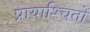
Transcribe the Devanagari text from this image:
प्रायाश्चितों